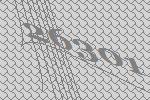
26301